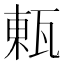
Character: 㼯